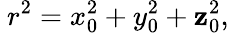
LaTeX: ~r^{2}=x_{0}^{2}+y_{0}^{2}+\mathbf{z}_{0}^{2},